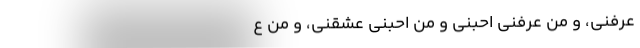
عَرَفَنی، و مَن عَرَفَنی احَبّنی و مَن احَبّنی عَشَقَنی، و مَن عَ